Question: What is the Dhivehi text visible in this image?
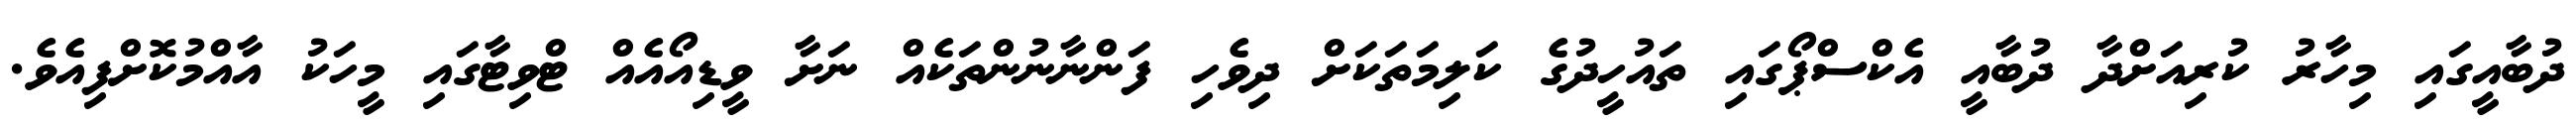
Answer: ދުބާއީގައި މިހާރު ކުރިއަށްދާ ދުބާއީ އެކްސްޕޯގައި ތައުހީދުގެ ކަލިމަތަކަށް ދިވެހި ފަންނާނުންތަކެއް ނަށާ ވީޑިއޯއެއް ޓްވިޓާގައި މީހަކު އާއްމުކޮށްފިއެވެ.